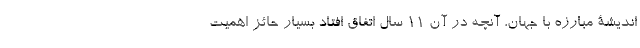
اندیشۀ مبارزه با جهان، آنچه در آن 11 سال اتفاق افتاد بسیار حائز اهمیت